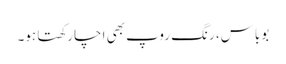
بوباس، رنگ روپ بھی اچا رکھتا ہو۔